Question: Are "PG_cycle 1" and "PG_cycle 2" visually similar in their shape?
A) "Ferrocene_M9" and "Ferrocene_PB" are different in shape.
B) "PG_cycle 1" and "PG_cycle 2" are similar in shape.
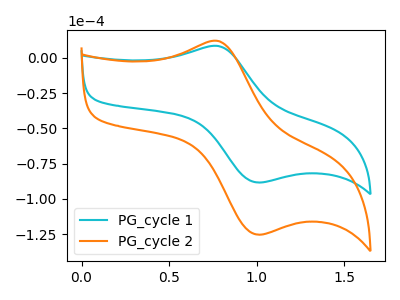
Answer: <think>The cyan curve "PG_cycle 1" has an anodic peak at (0.80V, 8.45uA) and a cathodic peak at (1.00V, -88.30uA). The orange curve "PG_cycle 2" has an anodic peak at (0.80V, 11.95uA) and a cathodic peak at (1.00V, -125.30uA).
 All the peaks in "PG_cycle 1" have a peak in "PG_cycle 2" at the same potential. Every peak in "PG_cycle 1" is lower than every peak in "PG_cycle 2".</think>
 <answer>B) "PG_cycle 1" and "PG_cycle 2" are similar in shape.</answer>
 <eval>B</eval>